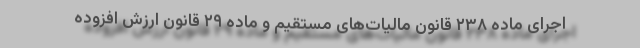
اجرای ماده ۲۳۸ قانون مالیات‌های مستقیم و ماده ۲۹ قانون ارزش افزوده